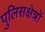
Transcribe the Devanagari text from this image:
पुलिसक्षेत्रों